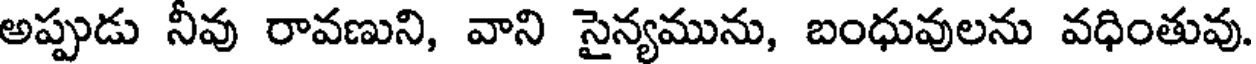
అప్పుడు నీవు రావణుని, వాని సైన్యమును, బంధువులను వధింతువు